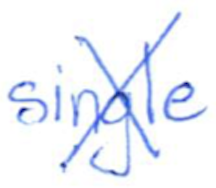
Text: single
Cross-out: mix
Writing tool: ballpoint